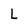
Character: L